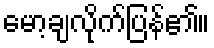
မော့ချလိုက်ပြန်၏။